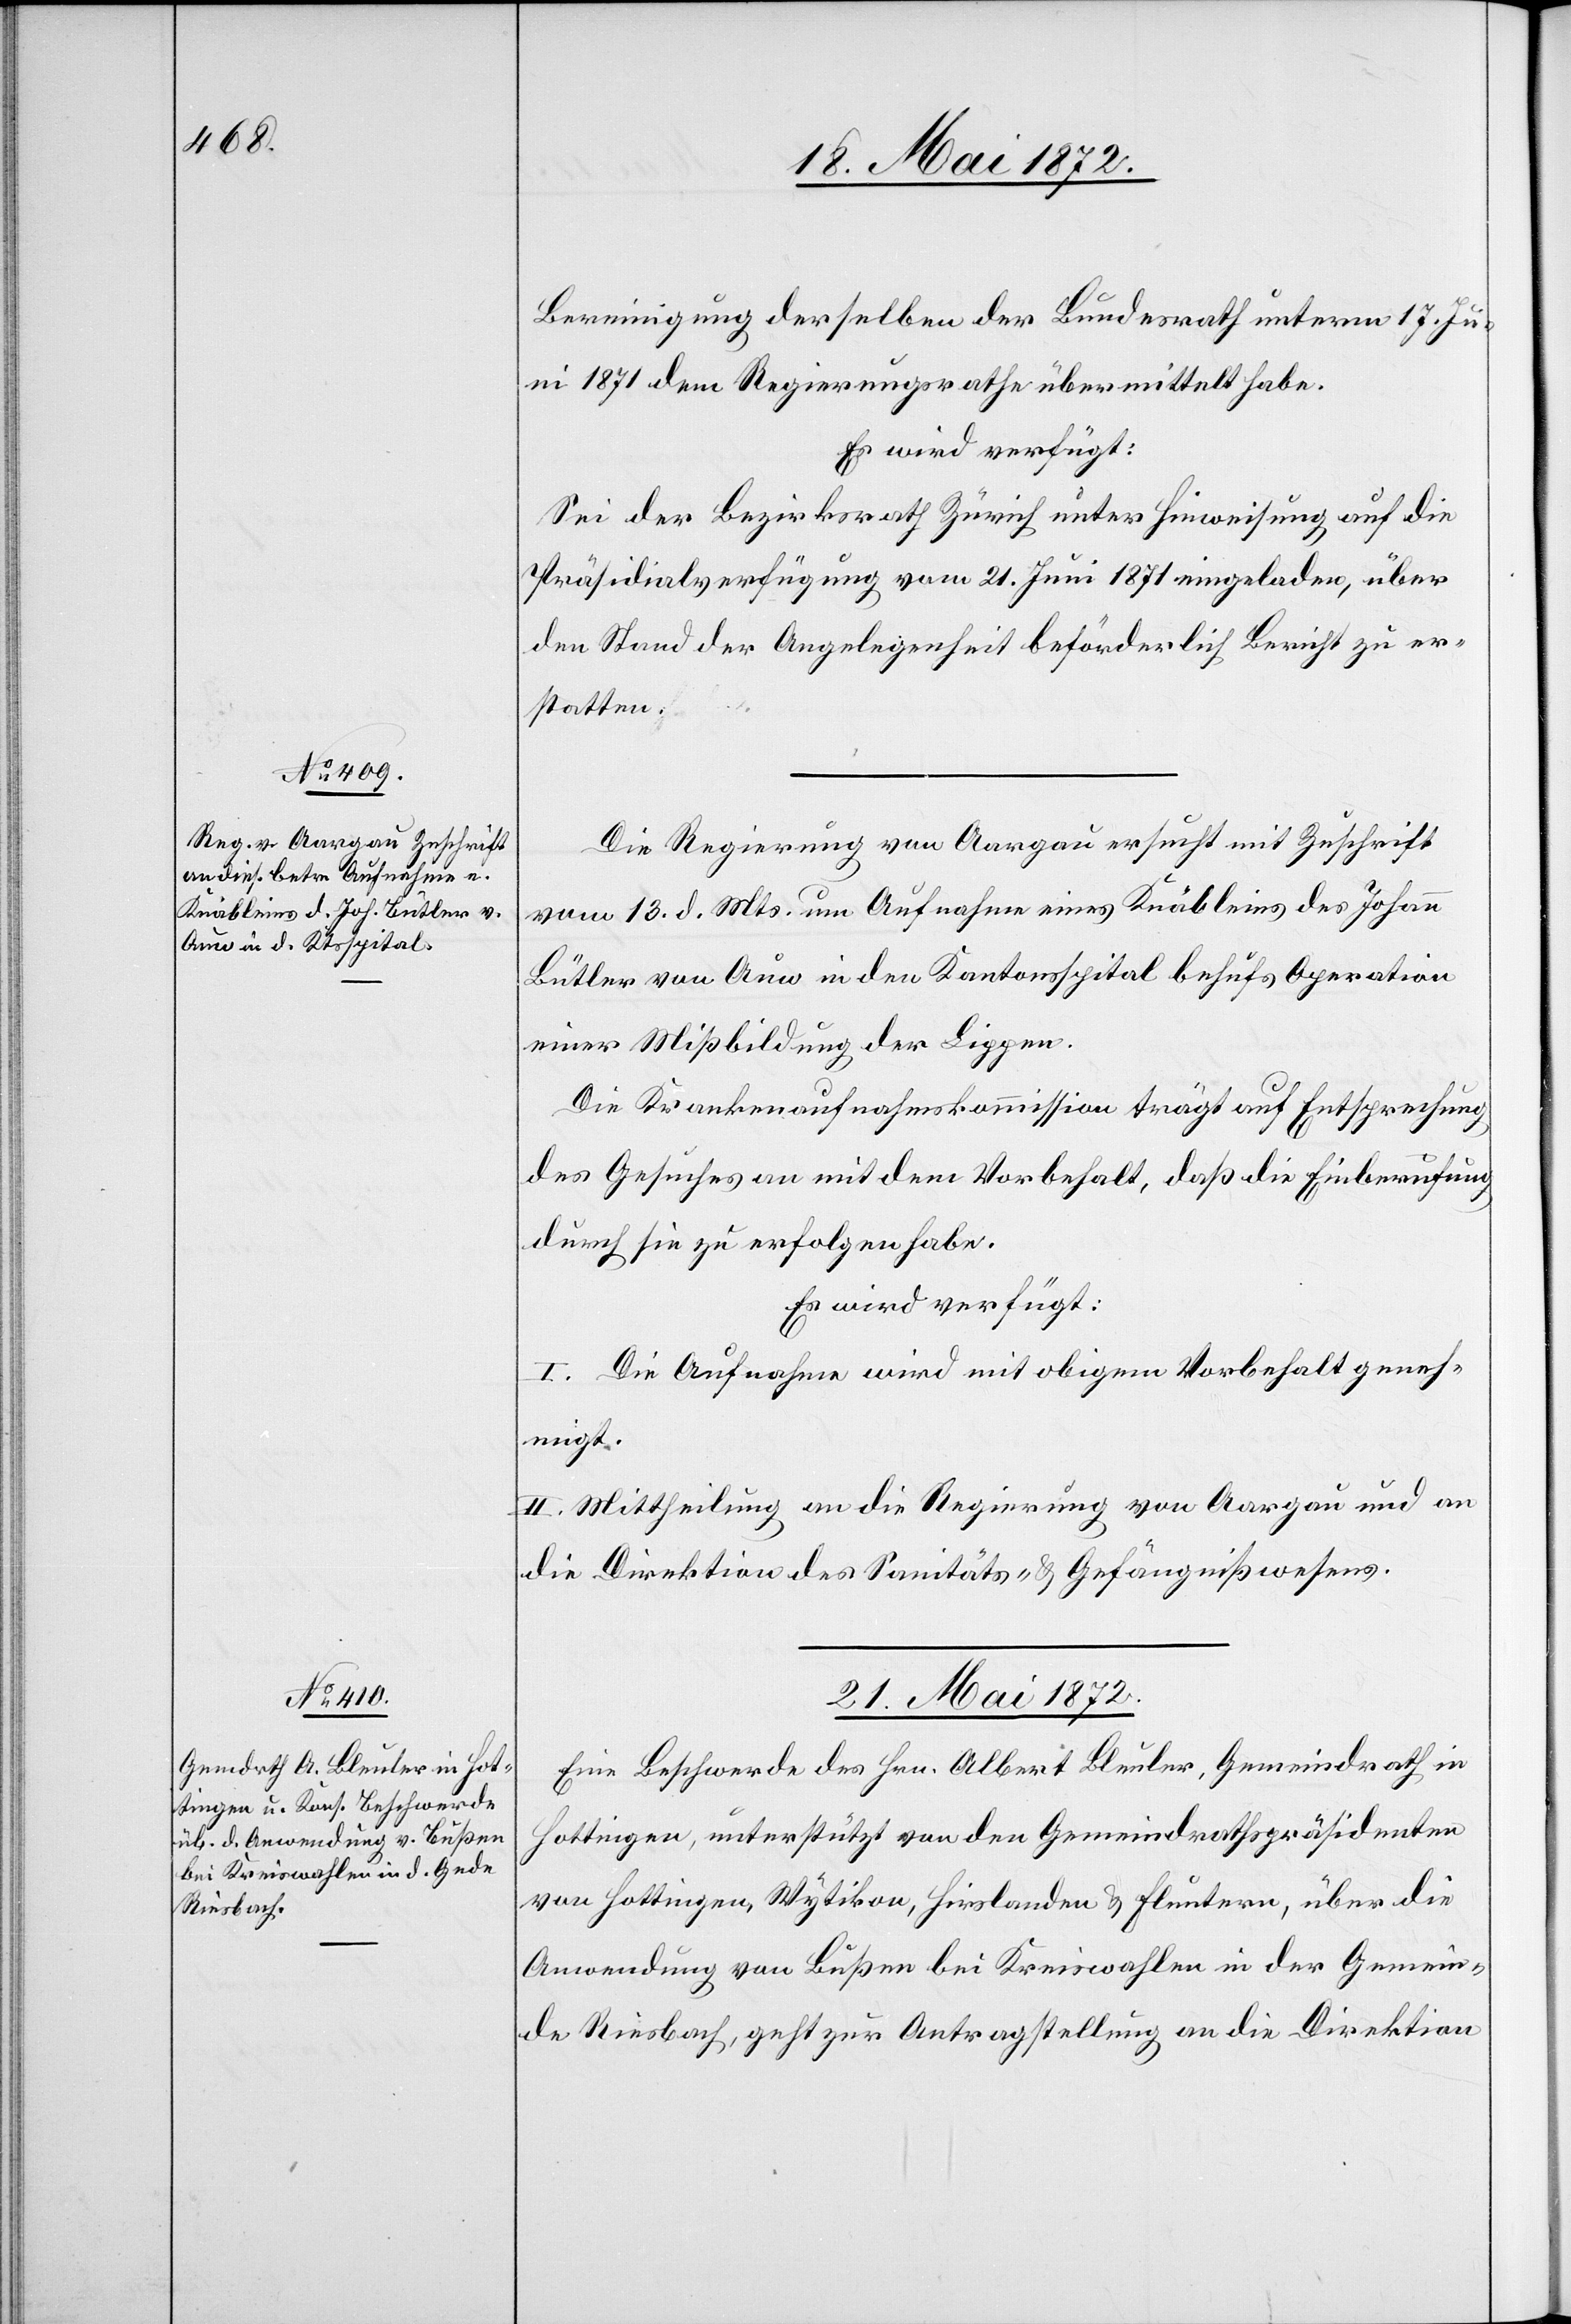
18. Mai 1872.]
Bereinigung derselben der Bundesrath unterm 17. Ju¬
ni 1871 dem Regierungsrathe übermittelt habe.
Es wird verfügt:
Sei der Bezirksrath Zürich unter Hinweisung auf die
Präsidialverfügung vom 21. Juni 1871 eingeladen, über
den Stand der Angelegenheit beförderlich Bericht zu er¬
statten.
Die Regierung von Aargau ersucht mit Zuschrift
vom 13. d. Mts. um Aufnahme eines Knäbleins des Johann
Bütler von Auw in den Kantonsspital behufs Operation
einer Mißbildung der Lippen.
Die Krankenaufnahmskommission trägt auf Entsprechung
des Gesuches an mit dem Vorbehalt, daß die Einberufung
durch sie zu erfolgen habe.
Es wird verfügt:
I. Die Aufnahme wird mit obigem Vorbehalt geneh¬
migt.
II. Mittheilung an die Regierung von Aargau und an
die Direktion des Sanitäts- u. Gefängnißwesens.
21. Mai 1872.
Eine Beschwerde des Hrn. Albert Bleuler, Gemeindrath in
Hottingen, unterstützt von den Gemeindrathspräsidenten
von Hottingen, Wytikon, Hirslanden u. Fluntern, über die
Anwendung von Bußen bei Kreiswahlen in der Gemein¬
de Riesbach, geht zur Antragstellung an die Direktion